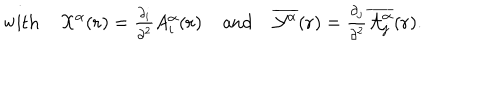
LaTeX: \mathrm { w i t h } \; { \cal { X } } ^ { \alpha } ( { \bf { r } } ) = { \textstyle \frac { \partial _ { i } } { \partial ^ { 2 } } } A _ { i } ^ { \alpha } ( { \bf { r } } ) \; \mathrm { a n d } \; \overline { { { { \cal Y } ^ { \alpha } } } } ( { \bf r } ) = { \textstyle \frac { \partial _ { j } } { \partial ^ { 2 } } \overline { { { { \cal A } _ { j } ^ { \alpha } } } } ( { \bf r } ) } .